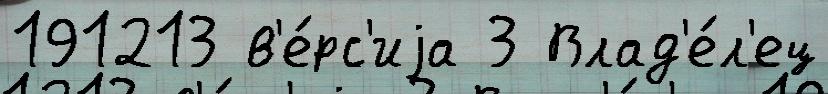
191213 в'е́рс'иjа 3 Влад'е́л'ец